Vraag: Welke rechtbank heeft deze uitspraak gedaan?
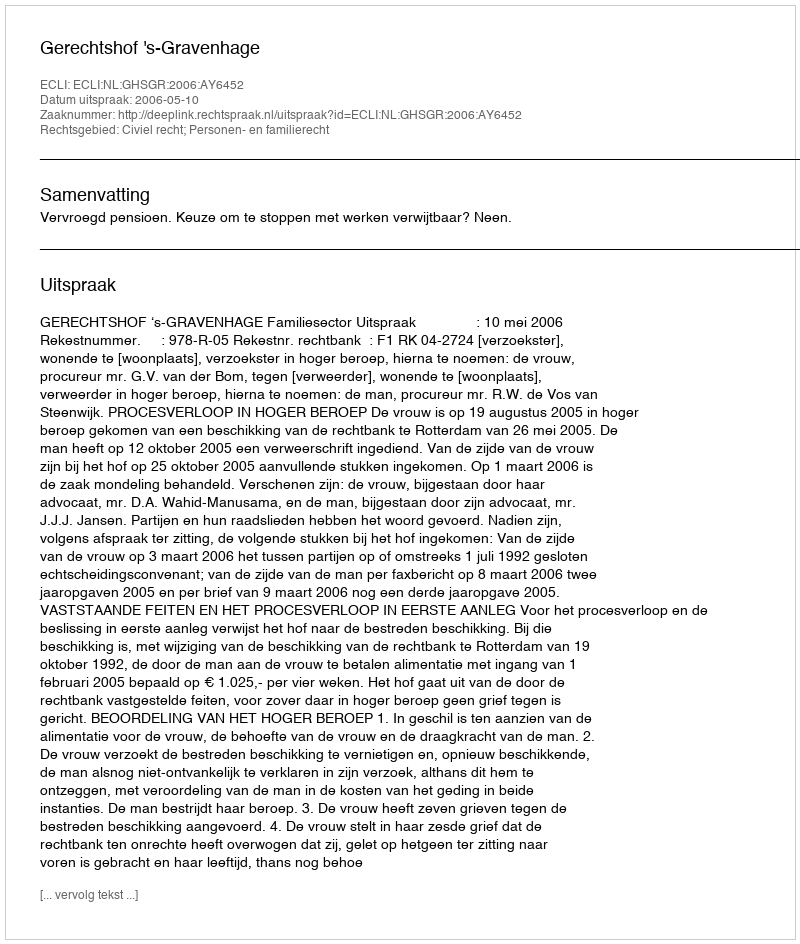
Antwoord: Gerechtshof 's-Gravenhage